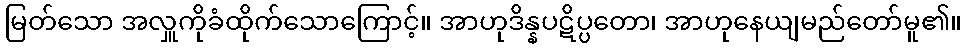
မြတ်သော အလှူကိုခံထိုက်သောကြောင့်။ အာဟုဒိန္နပဋိပ္ပတော၊ အာဟုနေယျမည်တော်မူ၏။